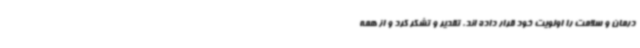
درمان و سلامت را اولویت خود قرار داده اند، تقدیر و تشکر کرد و از همه